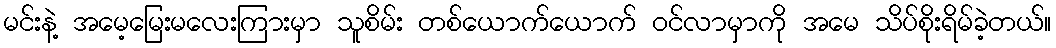
မင်းနဲ့ အမေ့မြေးမလေးကြားမှာ သူစိမ်း တစ်ယောက်ယောက် ဝင်လာမှာကို အမေ သိပ်စိုးရိမ်ခဲ့တယ်။